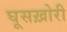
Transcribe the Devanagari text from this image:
घूसख़ोरी